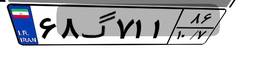
۶۸گ۷۱۱۸۶